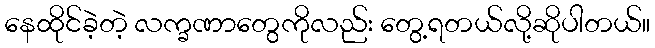
နေထိုင်ခဲ့တဲ့ လက္ခဏာတွေကိုလည်း တွေ့ရတယ်လို့ဆိုပါတယ်။